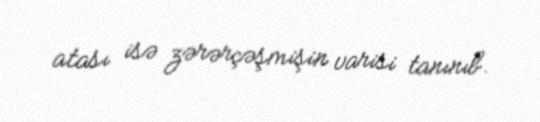
atası isə zərərçəşmişin varisi tanınıb.